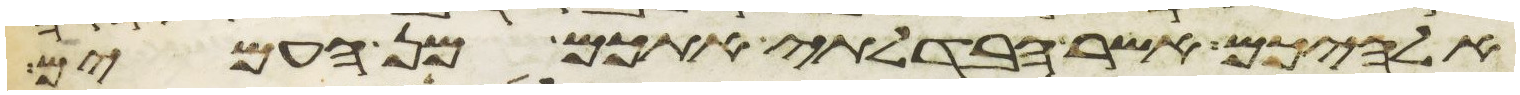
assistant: אלהיכם אשר הבדלתי אתכם מן העמים